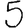
Digit: 5